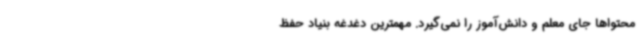
محتواها جای معلم و دانش‌آموز را نمی‌گیرد. مهمترین دغدغه بنیاد حفظ